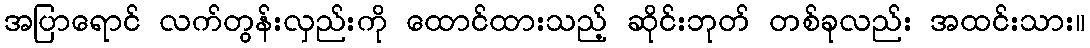
အပြာရောင် လက်တွန်းလှည်းကို ထောင်ထားသည့် ဆိုင်းဘုတ် တစ်ခုလည်း အထင်းသား။